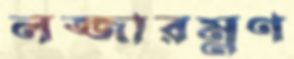
লজ্জারম্নণ